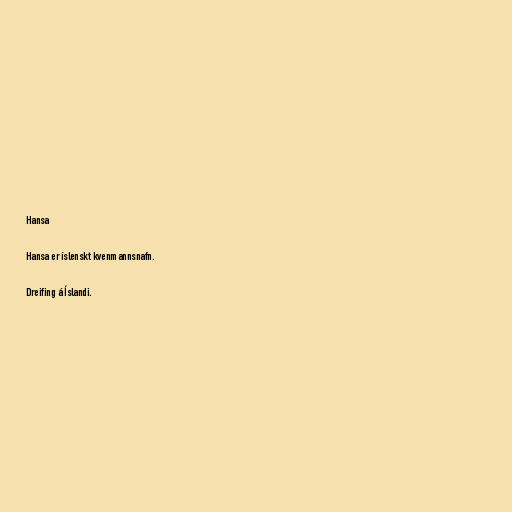
Hansa

Hansa er íslenskt kvenmannsnafn.

Dreifing á Íslandi.